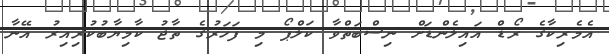
އެމެރިކާގެ ރޯޑް އައިލެންޑަށް ނިސްބަތްވާ ކަލްޕޯ މި ފަހަރުގެ ތާޖު ކާމިޔާބުކުރިއިރު އޭނާ